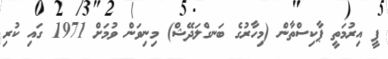
ޕީ އިރުމަތީ ޕާކިސްތާން (މިހާރުގެ ބަނގްލަދޭޝް) މިނިވަން ވުމަށް 1971 ގައި ކުރި